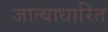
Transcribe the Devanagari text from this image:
जात्याधारित